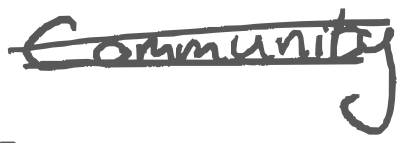
Text: Community
Cross-out: double-line
Writing tool: digital_gray